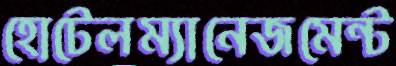
হোটেলম্যানেজমেন্ট